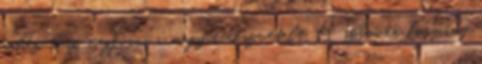
nehéz lesz megfúrni a magyar részvételt A szlovén kormány